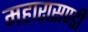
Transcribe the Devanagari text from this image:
महारासण्डी